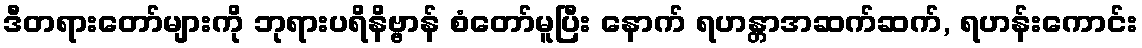
ဒီတရားတော်များကို ဘုရားပရိနိဗ္ဗာန် စံတော်မူပြီး နောက် ရဟန္တာအဆက်ဆက်, ရဟန်းကောင်း